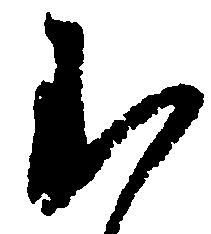
む